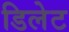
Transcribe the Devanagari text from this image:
डिलेट